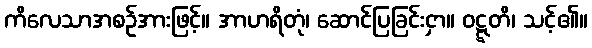
ကိလေသာအစဉ်အားဖြင့်။ အာဟရိတုံ၊ ဆောင်ပြခြင်းငှာ။ ဝဋ္ဋတိ၊ သင့်၏။